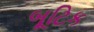
બૂટિક